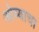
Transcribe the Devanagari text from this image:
ओव्याचा